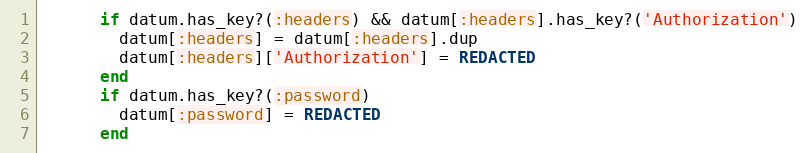
Language: Ruby
      if datum.has_key?(:headers) && datum[:headers].has_key?('Authorization')
        datum[:headers] = datum[:headers].dup
        datum[:headers]['Authorization'] = REDACTED
      end
      if datum.has_key?(:password)
        datum[:password] = REDACTED
      end